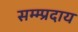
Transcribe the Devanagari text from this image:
सम्म्प्रदाय